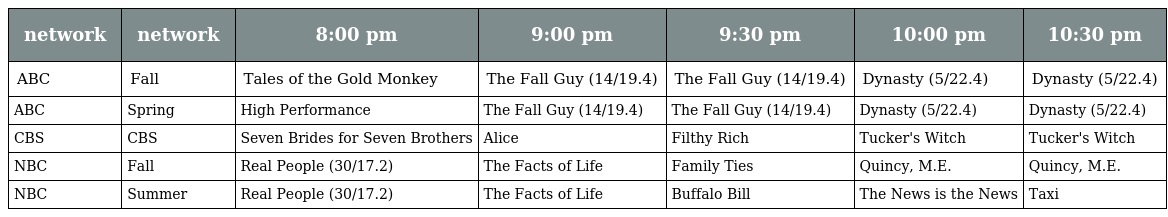
| network | network | 8:00 pm | 9:00 pm | 9:30 pm | 10:00 pm | 10:30 pm |
 | --- | --- | --- | --- | --- | --- | --- |
 | ABC | Fall | Tales of the Gold Monkey | The Fall Guy (14/19.4) | The Fall Guy (14/19.4) | Dynasty (5/22.4) | Dynasty (5/22.4) |
 | ABC | Spring | High Performance | The Fall Guy (14/19.4) | The Fall Guy (14/19.4) | Dynasty (5/22.4) | Dynasty (5/22.4) |
 | CBS | CBS | Seven Brides for Seven Brothers | Alice | Filthy Rich | Tucker's Witch | Tucker's Witch |
 | NBC | Fall | Real People (30/17.2) | The Facts of Life | Family Ties | Quincy, M.E. | Quincy, M.E. |
 | NBC | Summer | Real People (30/17.2) | The Facts of Life | Buffalo Bill | The News is the News | Taxi |